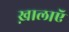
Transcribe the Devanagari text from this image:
ख़ालाएॅ